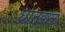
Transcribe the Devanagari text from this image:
धानुडाल